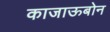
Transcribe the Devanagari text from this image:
काजाऊबोन